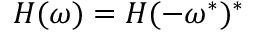
\begin{array} { r } { \begin{array} { r } { H ( \omega ) = H ( - \omega ^ { * } ) ^ { * } } \end{array} } \end{array}